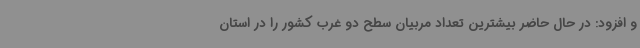
و افزود: در حال حاضر بیشترین تعداد مربیان سطح دو غرب کشور را در استان